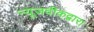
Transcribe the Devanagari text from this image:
न्यूजवीकद्वारा